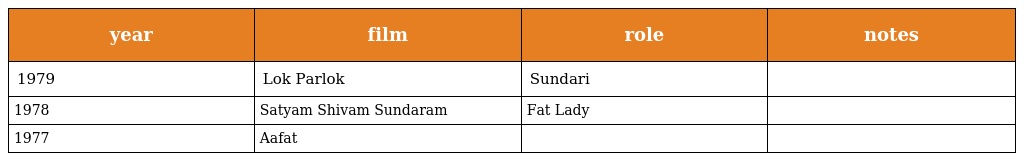
| year | film | role | notes |
 | --- | --- | --- | --- |
 | 1979 | Lok Parlok | Sundari |  |
 | 1978 | Satyam Shivam Sundaram | Fat Lady |  |
 | 1977 | Aafat |  |  |